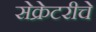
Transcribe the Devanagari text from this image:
सेक्रेटरीचे